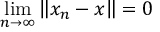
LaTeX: \operatorname* { l i m } _ { n \to \infty } \left\| x _ { n } - x \right\| = 0